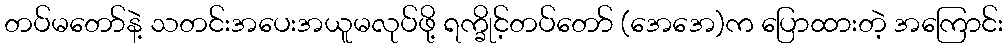
တပ်မတော်နဲ့ သတင်းအပေးအယူမလုပ်ဖို့ ရက္ခိုင့်တပ်တော် (အေအေ)က ပြောထားတဲ့ အကြောင်း